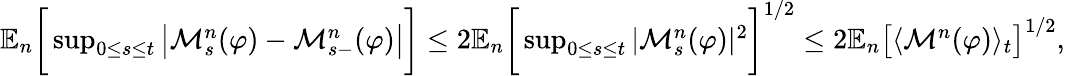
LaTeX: \begin{array}{r}{\mathbb{E}_{n}\bigg[\operatorname*{sup}_{0\le s\le t}\big|\mathcal{M}_{s}^{n}(\varphi)-\mathcal{M}_{s-}^{n}(\varphi)\big|\bigg]\le 2\mathbb{E}_{n}\bigg[\operatorname*{sup}_{0\le s\le t}|\mathcal{M}_{s}^{n}(\varphi)|^{2}\bigg]^{1/2}\le 2\mathbb{E}_{n}\big[\langle\mathcal{M}^{n}(\varphi)\rangle_{t}\big]^{1/2},}\end{array}